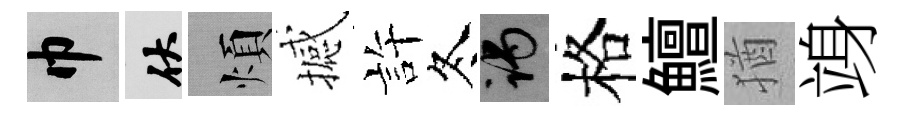
巾伏煩撼許冬谒格鱣猶竧